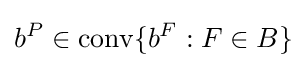
b^{P}\in \operatorname {conv} \{b^{F}:F\in B\}